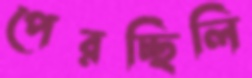
পেরচ্ছিলি